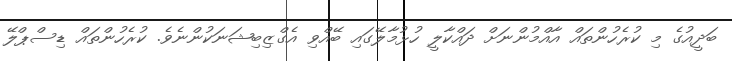
ބަދީއުގެ މި ކުރެހުންތައް އާއްމުންނަށް ދައްކާލީ ހުޅުމާލޭގައި ބޭއްވި އެގްޒިބިޝަނަކުންނެވެ. ކުރެހުންތައް ޑިސްޕްލޭ